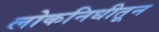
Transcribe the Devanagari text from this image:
लोकनिधीतून